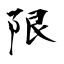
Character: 限